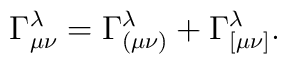
\Gamma^\lambda_{\mu\nu}=\Gamma^\lambda_{(\mu\nu)}+\Gamma^\lambda_{[\mu\nu]}.